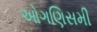
ઓગણિસમી